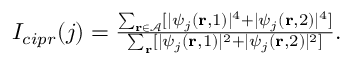
\begin{array} { r } { I _ { c i p r } ( j ) = \frac { \sum _ { { \bf r \in \mathcal { A } } } [ | \psi _ { j } ( { \bf r } , 1 ) | ^ { 4 } + | \psi _ { j } ( { \bf r } , 2 ) | ^ { 4 } ] } { \sum _ { { \bf r } } [ | \psi _ { j } ( { \bf r } , 1 ) | ^ { 2 } + | \psi _ { j } ( { \bf r } , 2 ) | ^ { 2 } ] } . } \end{array}